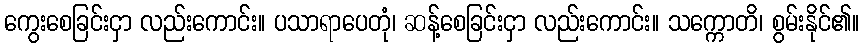
ကွေးစေခြင်းငှာ လည်းကောင်း။ ပသာရာပေတုံ၊ ဆန့်စေခြင်းငှာ လည်းကောင်း။ သက္ကောတိ၊ စွမ်းနိုင်၏။